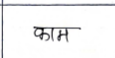
मजकूर: काम